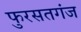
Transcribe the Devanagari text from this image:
फुरसतगंज